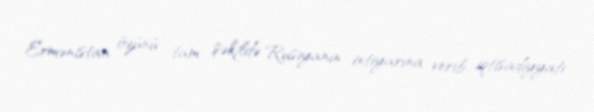
Ermənistan özünü tam şəkildə Rusiyanın ixtiyarına verib, iqtisadiyyatı